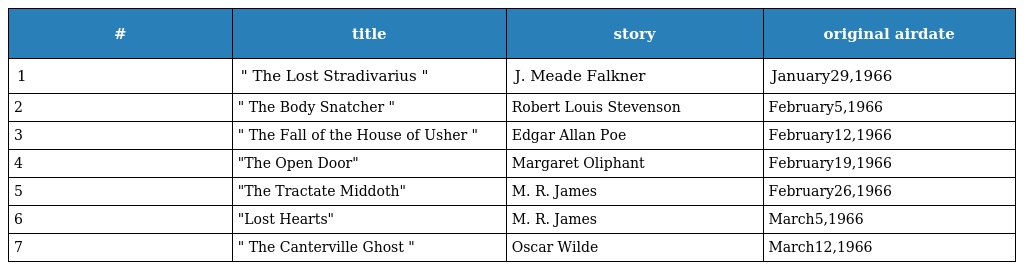
| # | title | story | original airdate |
 | --- | --- | --- | --- |
 | 1 | " The Lost Stradivarius " | J. Meade Falkner | January29,1966 |
 | 2 | " The Body Snatcher " | Robert Louis Stevenson | February5,1966 |
 | 3 | " The Fall of the House of Usher " | Edgar Allan Poe | February12,1966 |
 | 4 | "The Open Door" | Margaret Oliphant | February19,1966 |
 | 5 | "The Tractate Middoth" | M. R. James | February26,1966 |
 | 6 | "Lost Hearts" | M. R. James | March5,1966 |
 | 7 | " The Canterville Ghost " | Oscar Wilde | March12,1966 |